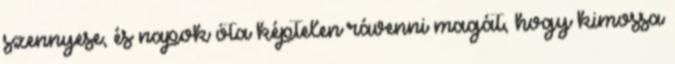
szennyese, és napok óta képtelen rávenni magát, hogy kimossa